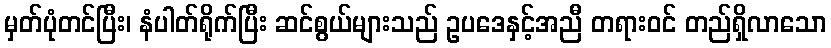
မှတ်ပုံတင်ပြီး၊ နံပါတ်ရိုက်ပြီး ဆင်စွယ်များသည် ဥပဒေနှင့်အညီ တရားဝင် တည်ရှိလာသော